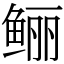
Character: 鲡